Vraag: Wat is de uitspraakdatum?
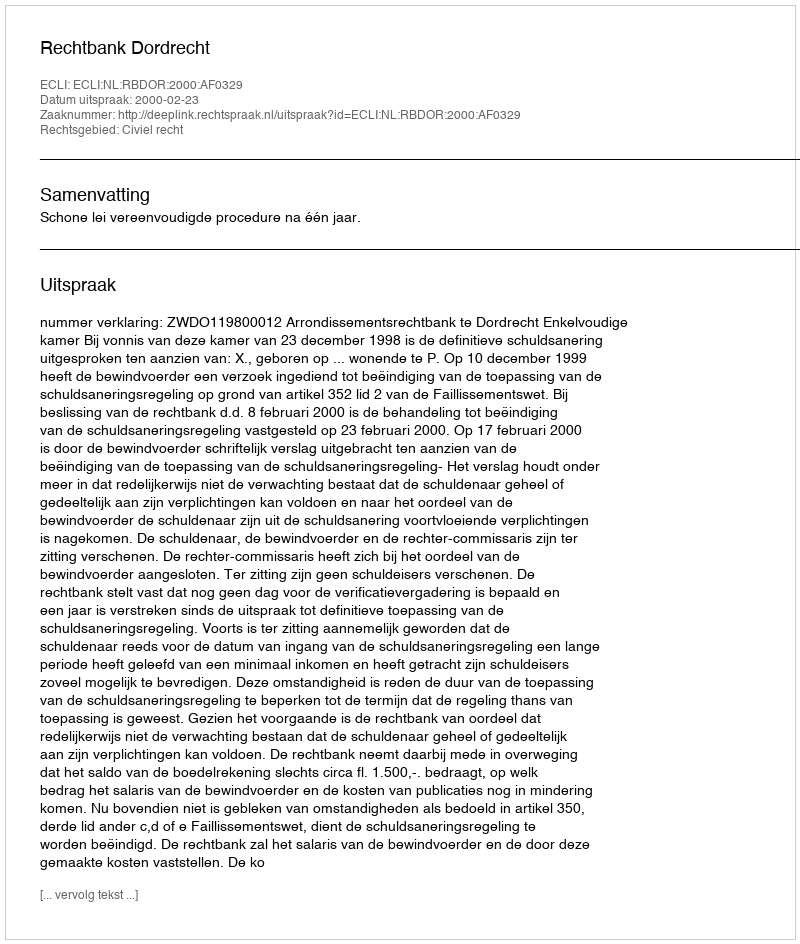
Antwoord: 2000-02-23